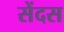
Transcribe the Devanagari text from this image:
सेंदस